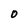
Character: 0